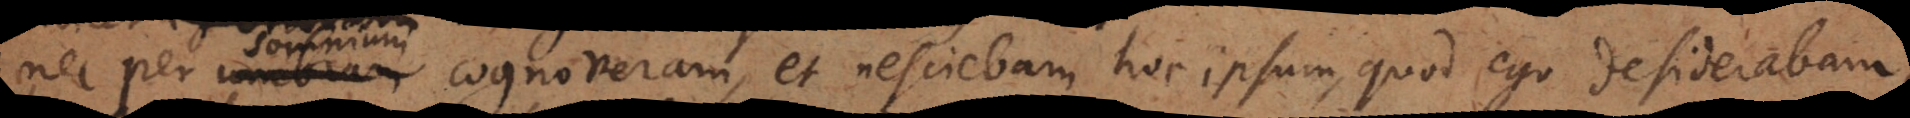
nec per umbram, et nesciebam hoc ipsum, quod ego desiderabam,